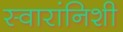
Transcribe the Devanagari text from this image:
स्वारांनिशी